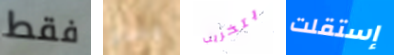
فقط مسلح بتخريب إستقلت